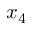
x _ { 4 }